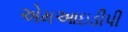
એમઆઇડીપી